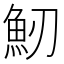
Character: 𩵕